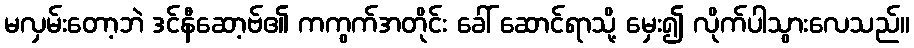
မလှမ်းတော့ဘဲ ဒင်နီဆော့ဗ်၏ ကကွက်အတိုင်း ခေါ် ဆောင်ရာသို့ မှေး၍ လိုက်ပါသွားလေသည်။